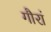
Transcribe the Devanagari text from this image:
गौरां